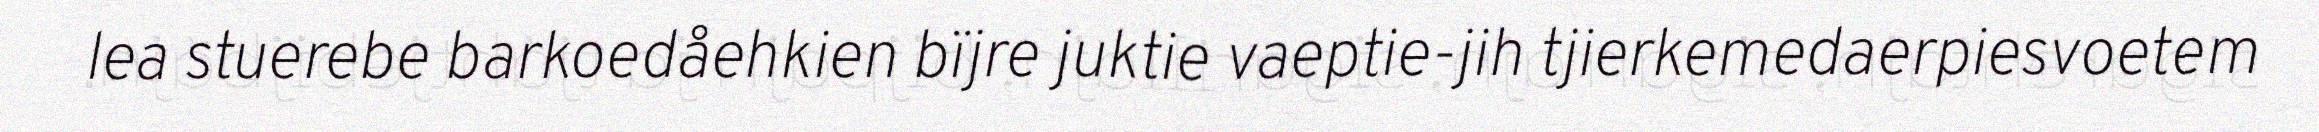
lea stuerebe barkoedåehkien bïjre juktie vaeptie-jih tjierkemedaerpiesvoetem